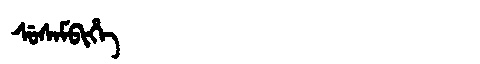
Manchu: ᠰᡠᠰᠠᠮᠪᡳᡥᡝ
Romanization: SUSAMBIHE